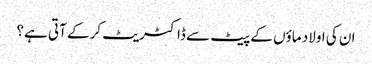
ان کی اولاد ماؤں کے پیٹ سے ڈاکٹریٹ کرکے آتی ہے؟